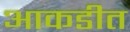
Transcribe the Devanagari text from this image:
आकडीत